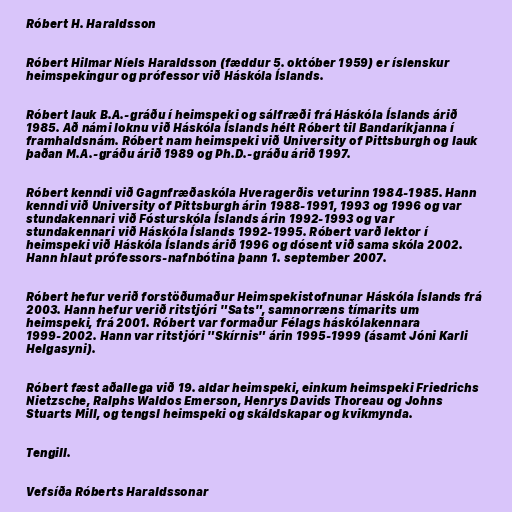
Róbert H. Haraldsson

Róbert Hilmar Níels Haraldsson (fæddur 5. október 1959) er íslenskur
heimspekingur og prófessor við Háskóla Íslands.

Róbert lauk B.A.-gráðu í heimspeki og sálfræði frá Háskóla Íslands árið
1985. Að námi loknu við Háskóla Íslands hélt Róbert til Bandaríkjanna í
framhaldsnám. Róbert nam heimspeki við University of Pittsburgh og lauk
þaðan M.A.-gráðu árið 1989 og Ph.D.-gráðu árið 1997.

Róbert kenndi við Gagnfræðaskóla Hveragerðis veturinn 1984-1985. Hann
kenndi við University of Pittsburgh árin 1988-1991, 1993 og 1996 og var
stundakennari við Fósturskóla Íslands árin 1992-1993 og var
stundakennari við Háskóla Íslands 1992-1995. Róbert varð lektor í
heimspeki við Háskóla Íslands árið 1996 og dósent við sama skóla 2002.
Hann hlaut prófessors-nafnbótina þann 1. september 2007.

Róbert hefur verið forstöðumaður Heimspekistofnunar Háskóla Íslands frá
2003. Hann hefur verið ritstjóri "Sats", samnorræns tímarits um
heimspeki, frá 2001. Róbert var formaður Félags háskólakennara
1999-2002. Hann var ritstjóri "Skírnis" árin 1995-1999 (ásamt Jóni Karli
Helgasyni).

Róbert fæst aðallega við 19. aldar heimspeki, einkum heimspeki Friedrichs
Nietzsche, Ralphs Waldos Emerson, Henrys Davids Thoreau og Johns
Stuarts Mill, og tengsl heimspeki og skáldskapar og kvikmynda.

Tengill.

Vefsíða Róberts Haraldssonar